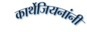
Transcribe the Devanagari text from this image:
कार्थेजियनांनीं